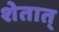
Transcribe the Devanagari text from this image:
शेतात्